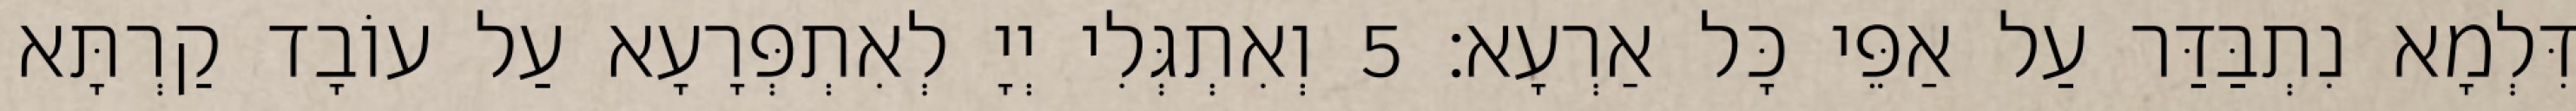
דִּלְמָא נִתְבַּדַּר עַל אַפֵּי כָּל אַרְעָא׃ 5 וְאִתְגְּלִי יְיָ לְאִתְפְּרָעָא עַל עוֹבָד קַרְתָּא